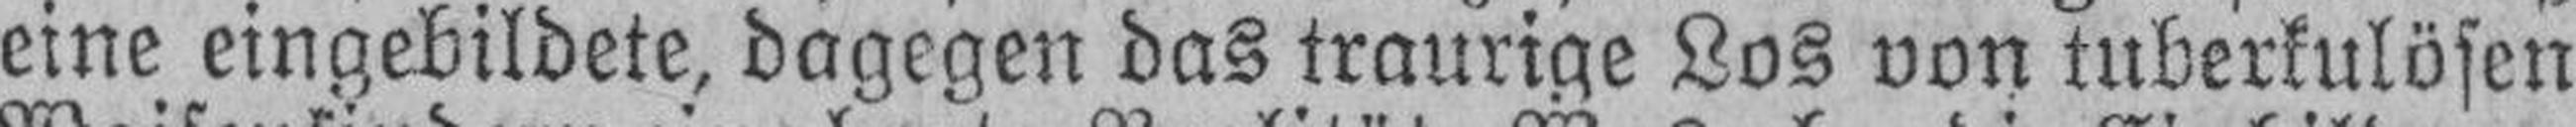
eine eingebildete, dagegen das traurige Los von tuberkulösen